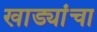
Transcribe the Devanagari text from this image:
खाड्यांचा